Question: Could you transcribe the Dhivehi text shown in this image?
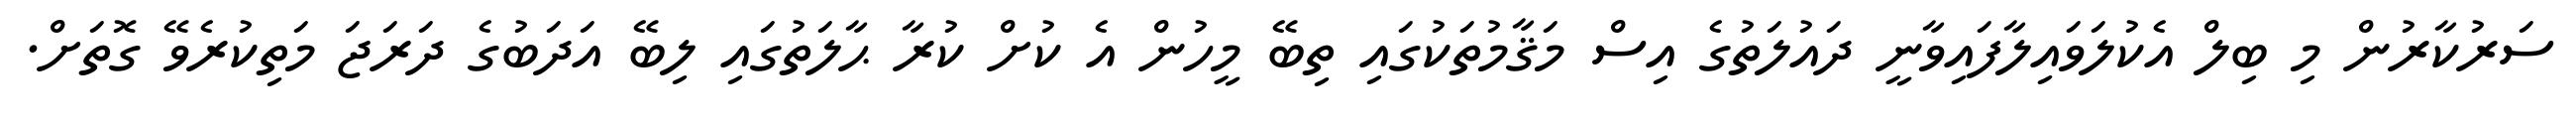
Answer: ސަރުކާރުން މި ބިލް އެކުލަވައިލާފައިވާނީ ދައުލަތުގެ އިސް މަޤާމުތަކުގައި ތިބޭ މީހުން އެ ކުށް ކުރާ ޙާލަތުގައި ލިބޭ އަދަބުގެ ދަރަޖަ މަތިކުރެވޭ ގޮތަށް.